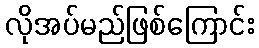
လိုအပ်မည်ဖြစ်ကြောင်း